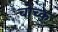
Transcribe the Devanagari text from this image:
चोच्क्